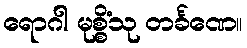
ရောဂါ မုစ္စိံသု တင်္ခဏေ။